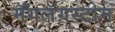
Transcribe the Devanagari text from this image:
मॅगलॅगस्टोम